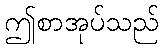
ဤစာအုပ်သည်